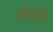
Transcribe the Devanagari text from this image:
ऑटरी